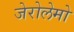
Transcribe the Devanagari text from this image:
जेरोलेमो